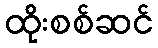
ထိုးစစ်ဆင်